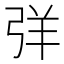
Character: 𢏙